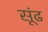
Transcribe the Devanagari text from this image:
सूंढ